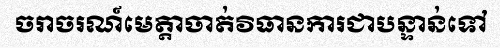
ចរាចរណ៍មេត្តាចាត់វិធានការជាបន្ទាន់ទៅ